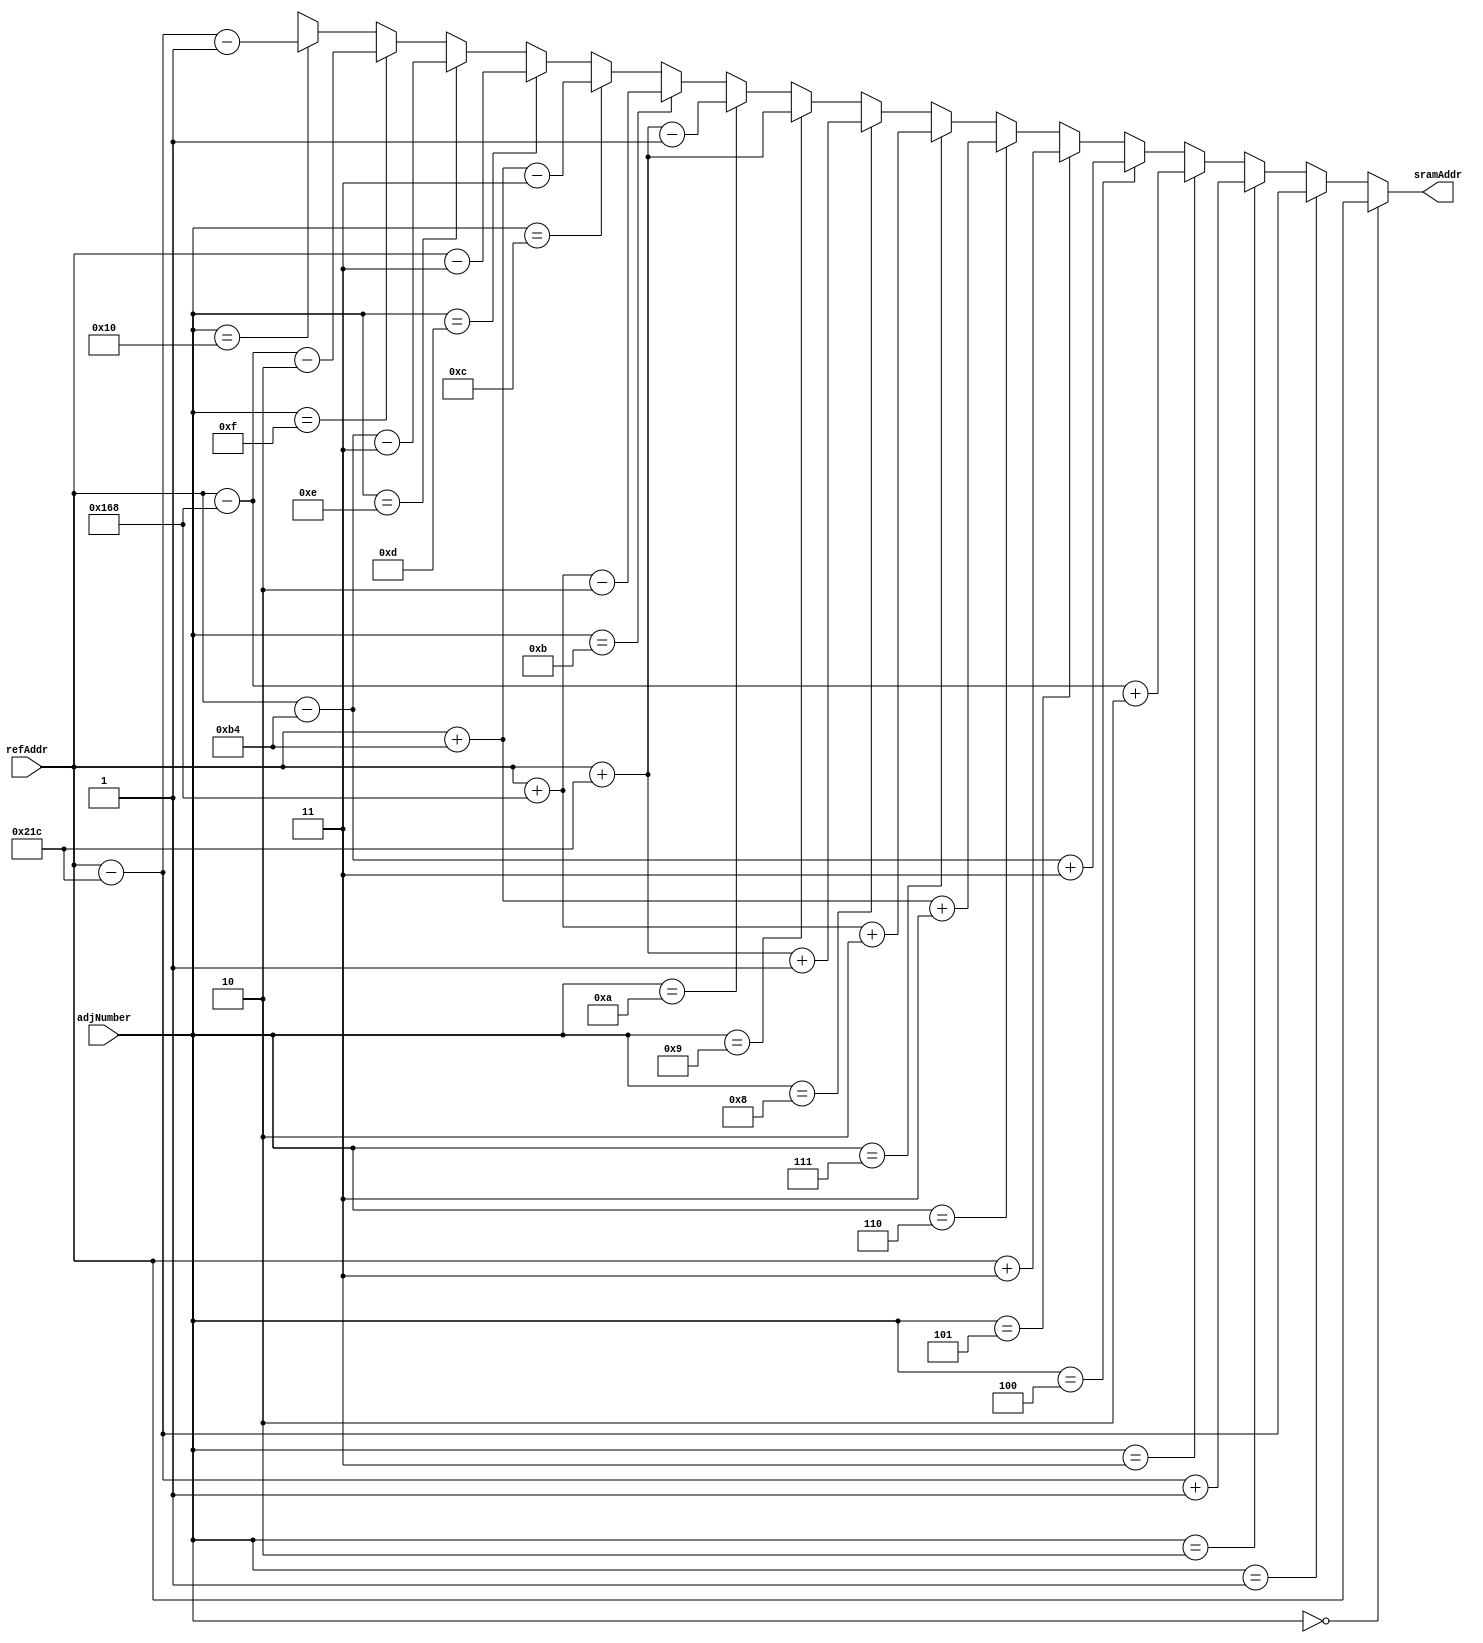
// This program was cloned from: https://github.com/ISKU/FAST9-Accelerator
// License: MIT License

`define COLUMNS 8'd180
`define ROWS 8'd120

module FD_AddrCal (refAddr, adjNumber, sramAddr);
	input [14:0] refAddr; // 
	input [4:0] adjNumber; //  16 
	output [14:0] sramAddr; // SRAM Input 
	
	assign sramAddr =
		(adjNumber == 5'd0) ? refAddr : //  
		(adjNumber == 5'd1) ? refAddr - (3 * `COLUMNS) : // 1
		(adjNumber == 5'd2) ? refAddr - (3 * `COLUMNS) + 1 : // 2
		(adjNumber == 5'd3) ? refAddr - (2 * `COLUMNS) + 2 : // 3
		(adjNumber == 5'd4) ? refAddr - (1 * `COLUMNS) + 3 : // 4
		(adjNumber == 5'd5) ? refAddr + 3 : // 5
		(adjNumber == 5'd6) ? refAddr + (1 * `COLUMNS) + 3 : // 6
		(adjNumber == 5'd7) ? refAddr + (2 * `COLUMNS) + 2 : // 7
		(adjNumber == 5'd8) ? refAddr + (3 * `COLUMNS) + 1 : // 8
		(adjNumber == 5'd9) ? refAddr + (3 * `COLUMNS) : // 9
		(adjNumber == 5'd10) ? refAddr + (3 * `COLUMNS) - 1 : // 10
		(adjNumber == 5'd11) ? refAddr + (2 * `COLUMNS) - 2 : // 11
		(adjNumber == 5'd12) ? refAddr + (1 * `COLUMNS) - 3 : // 12
		(adjNumber == 5'd13) ? refAddr - 3 : // 13
		(adjNumber == 5'd14) ? refAddr - (1 * `COLUMNS) - 3 : // 14
		(adjNumber == 5'd15) ? refAddr - (2 * `COLUMNS) - 2 : // 15
		(adjNumber == 5'd16) ? refAddr - (3 * `COLUMNS) - 1 : 15'bx; // 16
endmodule